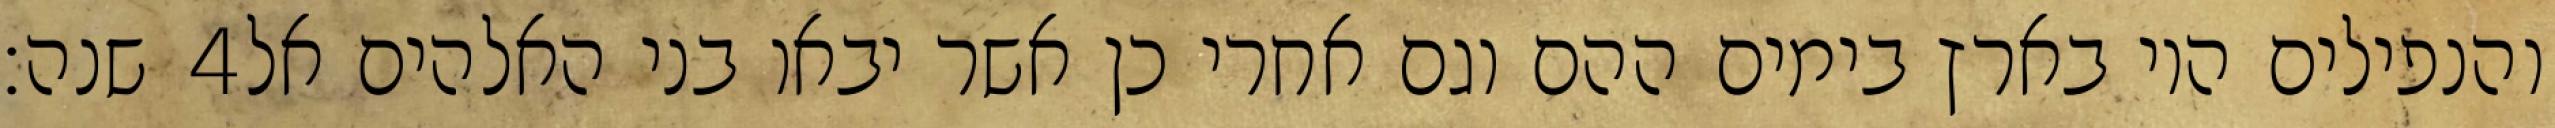
שנה׃ ‎4‏ והנפילים היו בארץ בימים ההם וגם אחרי כן אשר יבאו בני האלהים אל